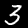
Label: 3